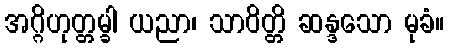
အဂ္ဂိဟုတ္တမ္ခါ ယညာ၊ သာဝိတ္တိ ဆန္ဒသော မုခံ။